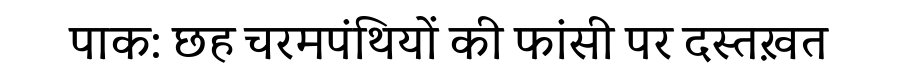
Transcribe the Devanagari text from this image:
पाक: छह चरमपंथियों की फांसी पर दस्तख़त